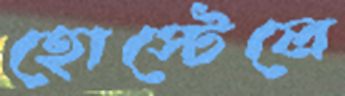
হোস্টেলে